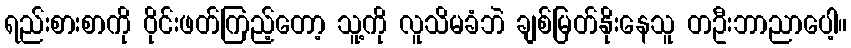
ရည်းစားစာကို ဝိုင်းဖတ်ကြည့်တော့ သူ့ကို လူသိမခံဘဲ ချစ်မြတ်နိုးနေသူ တဦးဘာညာပေါ့။